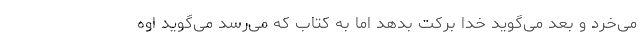
می‌خرد و بعد می‌گوید خدا برکت بدهد اما به کتاب که می‌رسد می‌گوید اوه